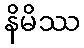
နိမိဿ